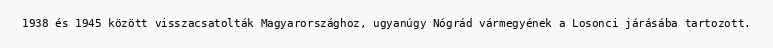
1938 és 1945 között visszacsatolták Magyarországhoz, ugyanúgy Nógrád vármegyének a Losonci járásába tartozott.